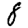
Digit: 1